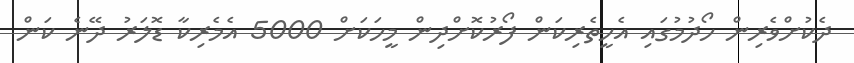
ދެކުށްވެރިން ހޯދުމުގައި އެހީތެރިކަން ފޯރުކޮށްދިން މީހަކަށް 5000 އެމެރިކާ ޑޮލަރު ދޭނެ ކަން